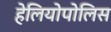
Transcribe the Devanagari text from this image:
हेलियोपोलिस